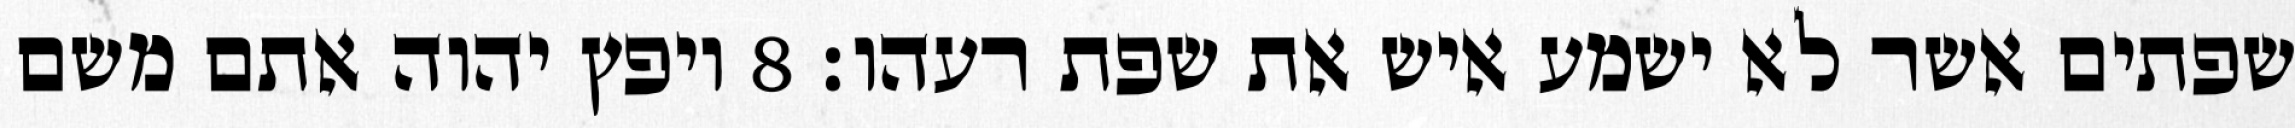
שפתים אשר לא ישמע איש את שפת רעהו׃ ‎8‏ ויפץ יהוה אתם משם